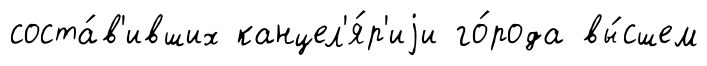
соста́в'ивших канцел'я́р'иjи го́рода вы́сшем